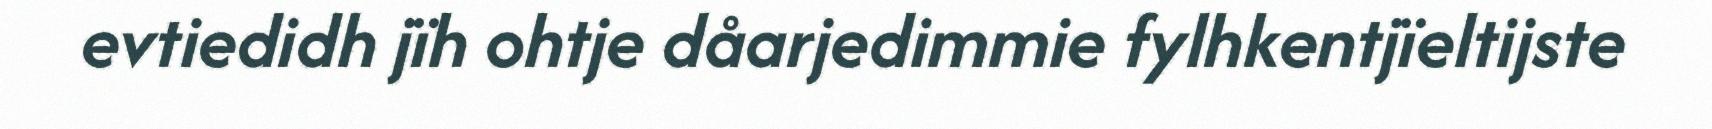
evtiedidh jïh ohtje dåarjedimmie fylhkentjïeltijste